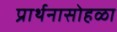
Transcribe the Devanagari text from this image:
प्रार्थनासोहळा